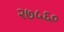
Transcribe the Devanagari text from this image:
२७५६०